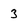
Character: 3